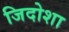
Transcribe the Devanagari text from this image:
जिदोशा